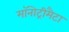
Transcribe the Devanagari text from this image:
मॉनोट्रीमैटा